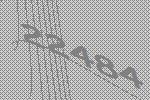
22484